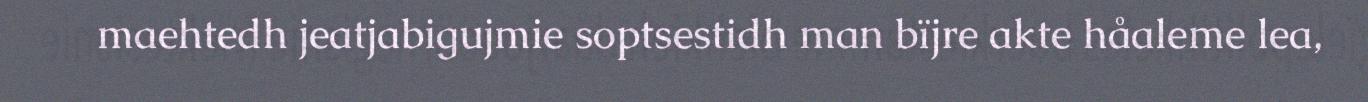
maehtedh jeatjabigujmie soptsestidh man bïjre akte håaleme lea,